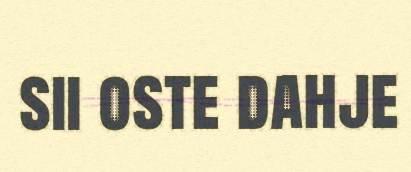
sii oste dahje